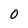
Character: O